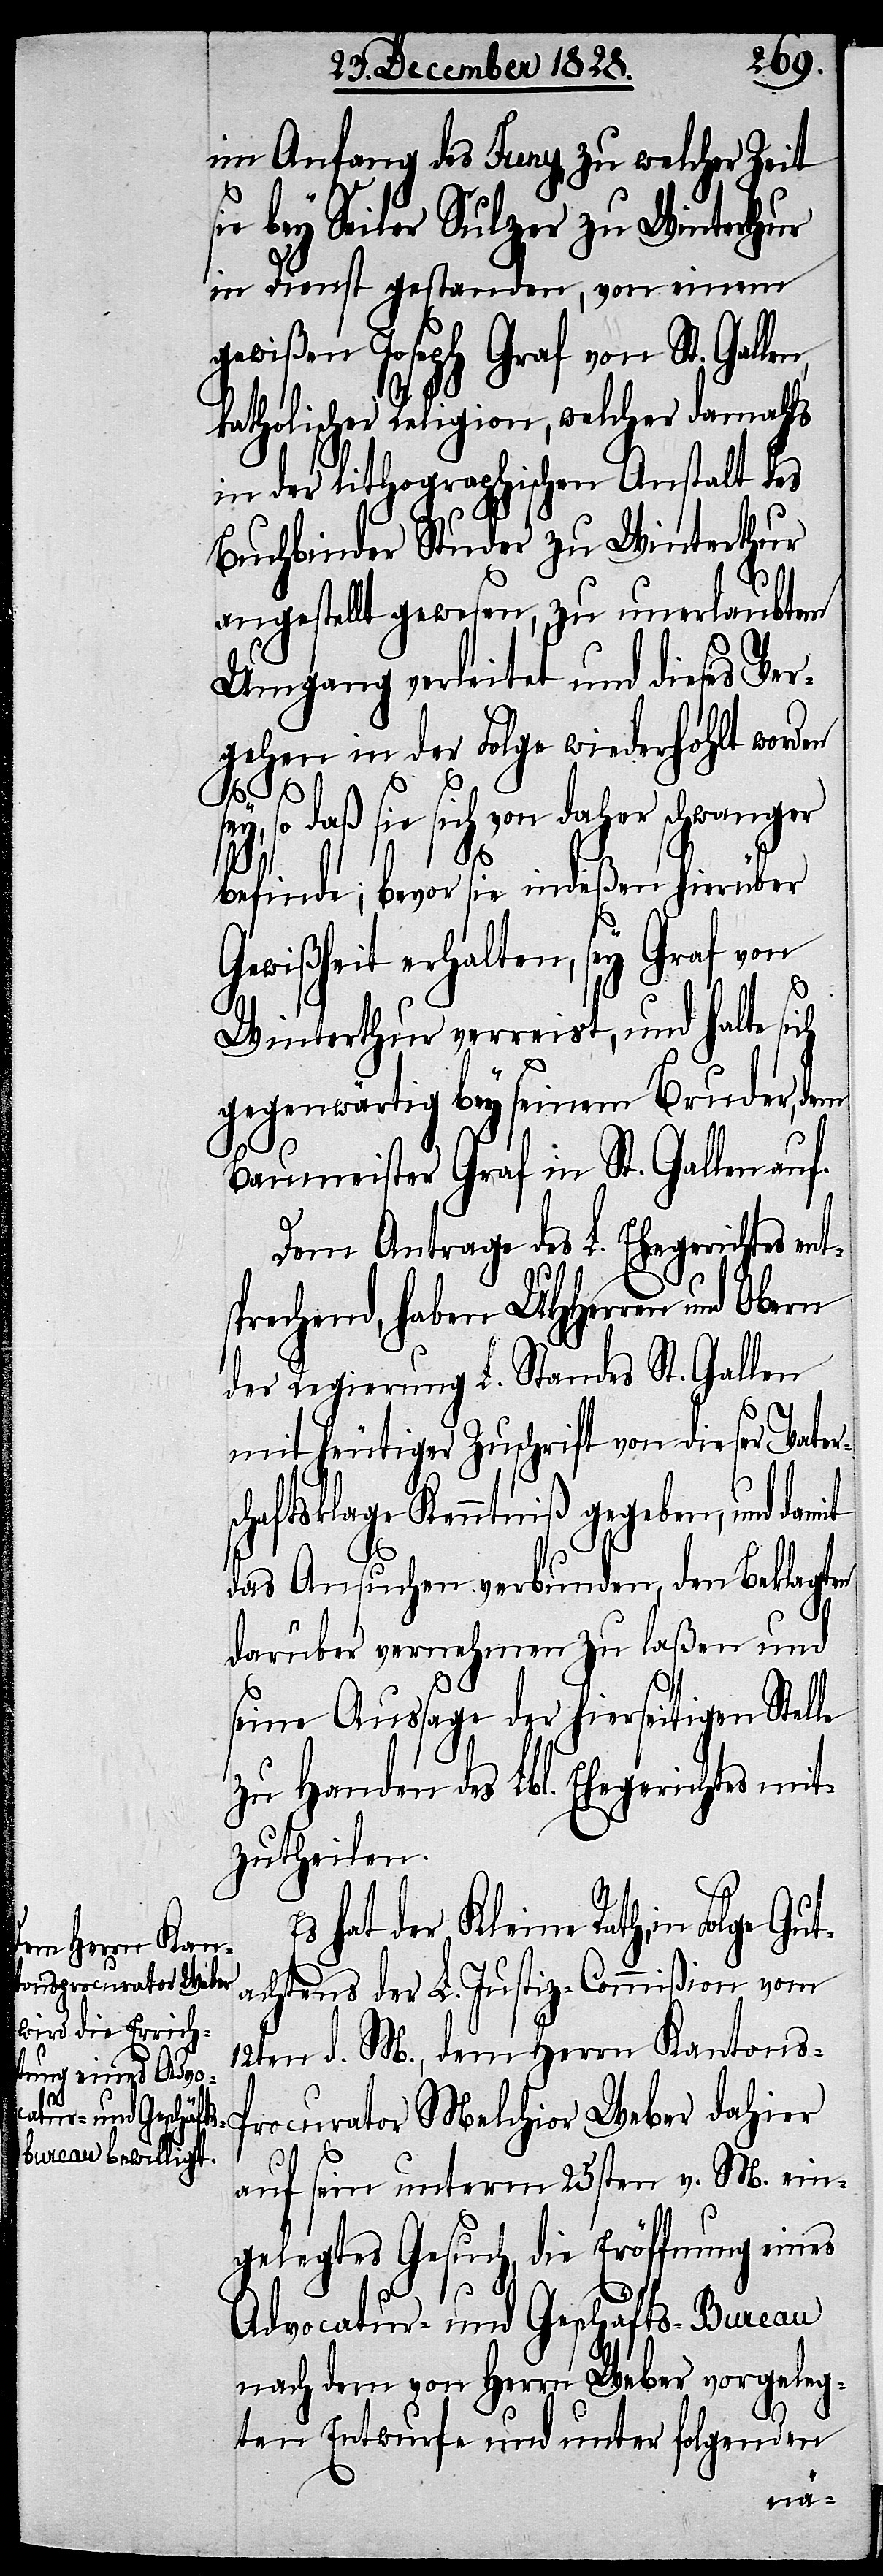
s¬

im Anfang des Juny, zu welcher Zeit
sie bey Seiler Sulzer zu Winterthur
in Dienst gestanden, von einem
gewißen Joseph Graf von St. Galle¬
katholischer Religion, welcher damahls
in der lithographischen Anstalt des
Buchbinder Studer zu Winterthur
angestellt gewesen, zu unerlaubtem
Umgang verleitet und dieses Ver¬
gehen in der Folge wiederhohlt worden
so daß sie sich von daher schwanger
befinde; bevor sie indeßen hierüber
Gewißheit erhalten, sey Graf von
Winterthur verreist, und halte
gegenwärtig bey seinem Bruder, dem
Baumeister Graf in St. Gallen auf.
Dem Antrage des L. Ehegerichtes e¬
sprechend, haben UHHerren und Obern
der Regierung L. Standes St. Gallen
mit heutiger Zuschrift von dieser Vater¬
chaftsklage Kenntniß gegeben, und
das Ansuchen verbunden, den Beklagten
darüber vernehmen zu laßen und
seine Aussage der hierseitigen Stelle
zu Handen des Lbl. Ehegerichtes mit¬
zutheilen.
Es hat der Kleine Rath, in Folge
achtens der L. Justiz-Commißion vom
12ten d. M., dem Herrn Kantons-P¬
rocurator Melchior Weber dahier
auf sein unterm 25sten v. M. ein¬
gelegtes Gesuch, die Eröffnung eines
Advocatur- und Geschäfts-Bureau
nach dem von Herrn Weber vorgeleg¬
ten Entwurfe und unter folgenden
Gut¬